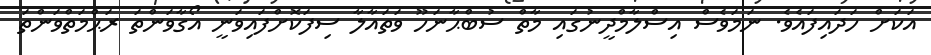
އަކަށް ހަދައިފައެވެ. ނަމަވެސް އިސްލާމްދީނުގައި މާތް ސުބްޙާނަހޫ ވަތައާލާ ސިފަކޮށްފައިވަނީ އޯގާވަންތަ ރަޙްމަތްވަންތަ